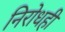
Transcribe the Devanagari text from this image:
निरोधही